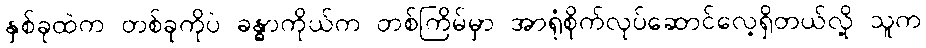
နှစ်ခုထဲက တစ်ခုကိုပဲ ခန္ဓာကိုယ်က တစ်ကြိမ်မှာ အာရုံစိုက်လုပ်ဆောင်လေ့ရှိတယ်လို့ သူက